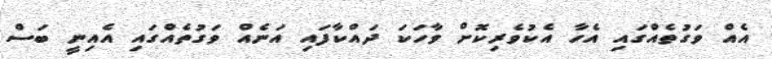
އެއް ވަގުތެއްގައި އެހާ އެކުވެރިކޮށް ވާހަކަ ދައްކާފައި އަނެއް ވަގުތެއްގައި އެއިނީ ބަސް